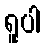
ရူပါ